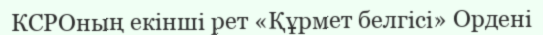
КСРОның екінші рет «Құрмет белгісі» Ордені